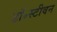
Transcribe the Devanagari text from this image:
डॉ॰स्टीवन